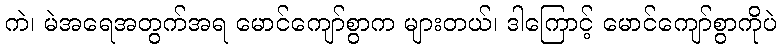
ကဲ၊ မဲအရေအတွက်အရ မောင်ကျော်စွာက များတယ်၊ ဒါကြောင့် မောင်ကျော်စွာကိုပဲ